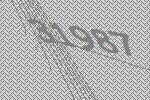
31987